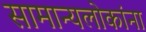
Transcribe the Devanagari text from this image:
सामान्यलोकांना